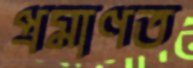
প্রমাণত